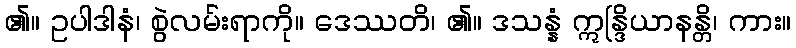
၏။ ဥပါဒါနံ၊ စွဲလမ်းရာကို။ ဒေဿတိ၊ ၏။ ဒသန္နံ ဣန္ဒြိယာနန္တိ၊ ကား။